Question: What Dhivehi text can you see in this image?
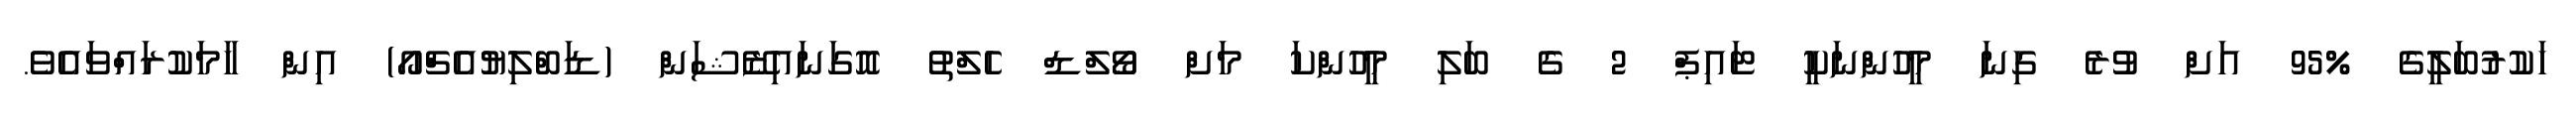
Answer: ހަކުރުބަލީގެ %95 އަށް ވުރެ ގިނަ މީހުންނަކީ ޓައިޕް 2 ގެ ބަލި މީހުންކަ މަށް ވޯލްޑް ހެލްތު އޮގަނައިޒޭޝަން (ޑަބްލިޔުއެޗްއޯ) އިން ހާމަކުރައްވައެވެ.